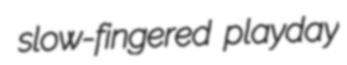
slow-fingered playday